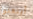
أبتعدوا